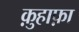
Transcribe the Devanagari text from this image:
क़ुहाफ़ा